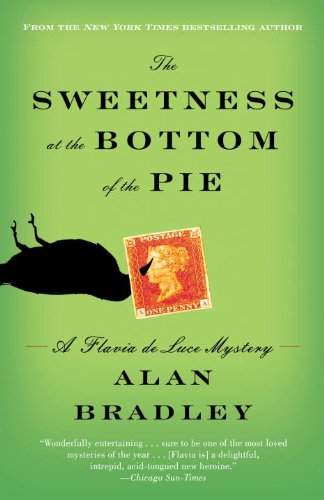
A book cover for The Sweetness at the Bottom of the Pie: A Flavia de Luce Mystery; Alan Bradley; Mystery, Thriller & Suspense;